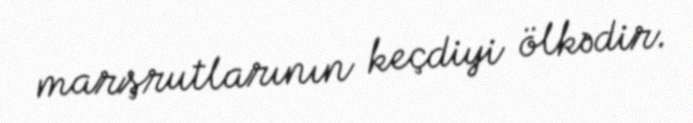
marşrutlarının keçdiyi ölkədir.